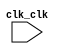

module Nios_Buffer (
	clk_clk);	

	input		clk_clk;
endmodule